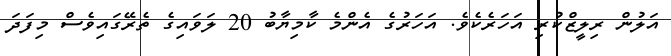
އަލުން ރިލީޒްކުރި އަހަރެކެވެ. އަހަރުގެ އެންމެ ކާމިޔާބު 20 ލަވައިގެ ތެރޭގައިވެސް މިފަދަ